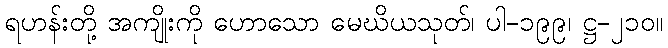
ရဟန်းတို့ အကျိုးကို ဟောသော မေဃိယသုတ်၊ ပါ-၁၉၉၊ ဋ္ဌ-၂၁၀။